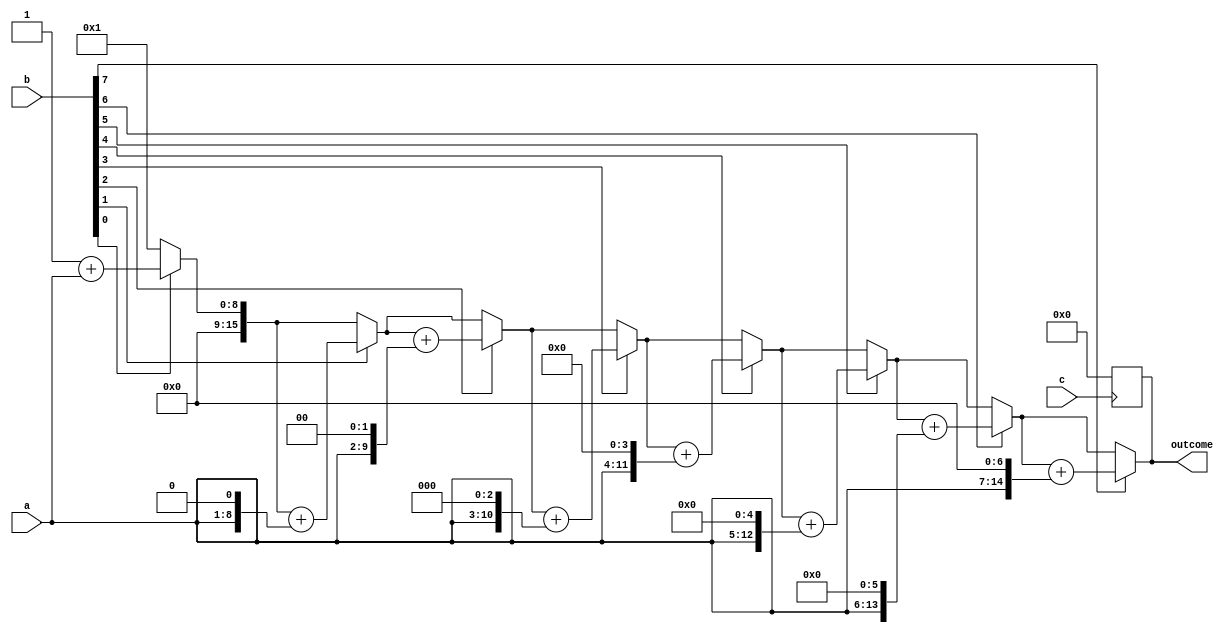
/**
	 5.17 repeat  8 
	15,21,28
*/

module mult_repeat(outcome,a,b,c);
parameter size=8;
input[size:1] a,b;
input c;
output[2*size:1] outcome;
reg[2*size:1] temp_a,outcome;
reg[size:1] temp_b;
always @(a or b)
	begin
	outcome=1;
	temp_a=a;
	temp_b=b;
	repeat(size) //repeat size 
		begin
		if(temp_b[1]) // temp_b  1
			outcome=outcome+temp_a;
		temp_a=temp_a<<1; // a 
		temp_b=temp_b>>1; // b 
		end
 	end

always @(posedge c) begin
	outcome=0;
end
endmodule